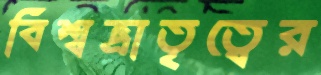
বিশ্বভ্রাতৃত্বের